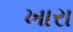
ખારા